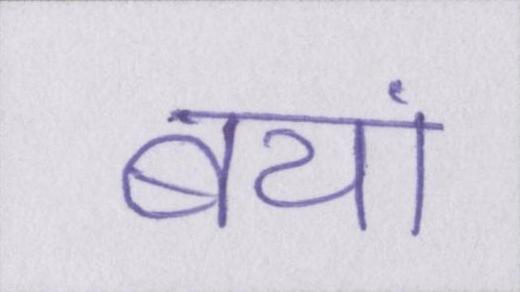
बयां